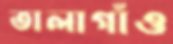
তালাগাঁও